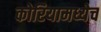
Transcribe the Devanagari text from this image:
कोरियामध्येच